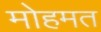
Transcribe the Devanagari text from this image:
मोहमत